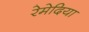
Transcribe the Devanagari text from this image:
रेमेदिया